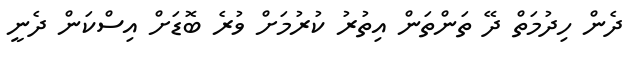
ދެން ހިދުމަތް ދޭ ތަންތަން އިތުރު ކުރުމަށް ވުރެ ބޮޑަށް އިސްކަން ދެނީ